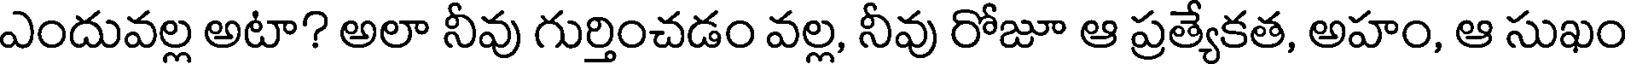
ఎందువల్ల అటా? అలా నీవు గుర్తించడం వల్ల, నీవు రోజూ ఆ ప్రత్యేకత, అహం, ఆ సుఖం